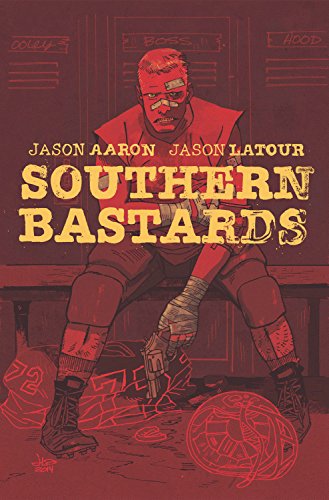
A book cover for Southern Bastards Volume 2: Gridiron (Southern Bastards Tp); Jason Aaron; Comics & Graphic Novels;